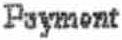
PAYMENT